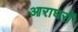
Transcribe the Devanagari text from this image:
आराघरों